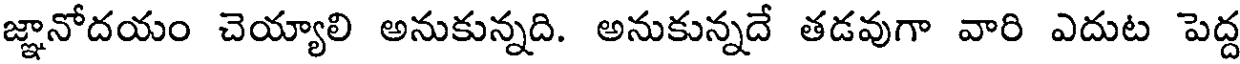
జ్ఞానోదయం చెయ్యాలి అనుకున్నది. అనుకున్నదే తడవుగా వారి ఎదుట పెద్ద